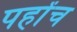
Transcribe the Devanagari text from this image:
पहोंच